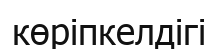
көріпкелдігі